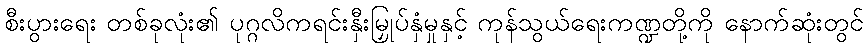
စီးပွားရေး တစ်ခုလုံး၏ ပုဂ္ဂလိကရင်းနှီးမြှုပ်နှံမှုနှင့် ကုန်သွယ်ရေးကဏ္ဍတို့ကို နောက်ဆုံးတွင်